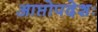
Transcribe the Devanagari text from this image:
आप्तोपदेशः